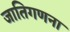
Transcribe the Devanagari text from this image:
जातिगणना